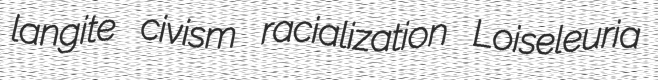
langite civism racialization Loiseleuria